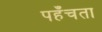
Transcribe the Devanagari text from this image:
पहँचता